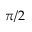
\pi / 2